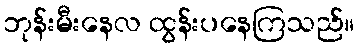
ဘုန်းမီးနေလ ထွန်းပနေကြသည်။